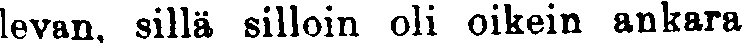
levan, sillä silloin oli oikein ankara